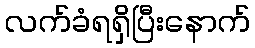
လက်ခံရရှိပြီးနောက်